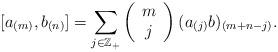
LaTeX: \begin{align*}[a_{(m)}, b_{(n)}]=\sum_{j\in \mathbb{Z_{+}}}\left(\begin{array}{ccc}m\\j\end{array}\right)(a_{(j)}b)_{(m+n-j)}.\end{align*}